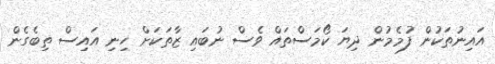
އައިނުތަކުން ފުމެމުން ދިޔަ ކޯމަސްތައް ވެސް ނުބައި ޒާތަކަށް ހިނި އައިސް ތިބެގެން